Indian journal of veterinary science and animal husbandry - Volumes 18-21, 1948-1951
Year: 1948
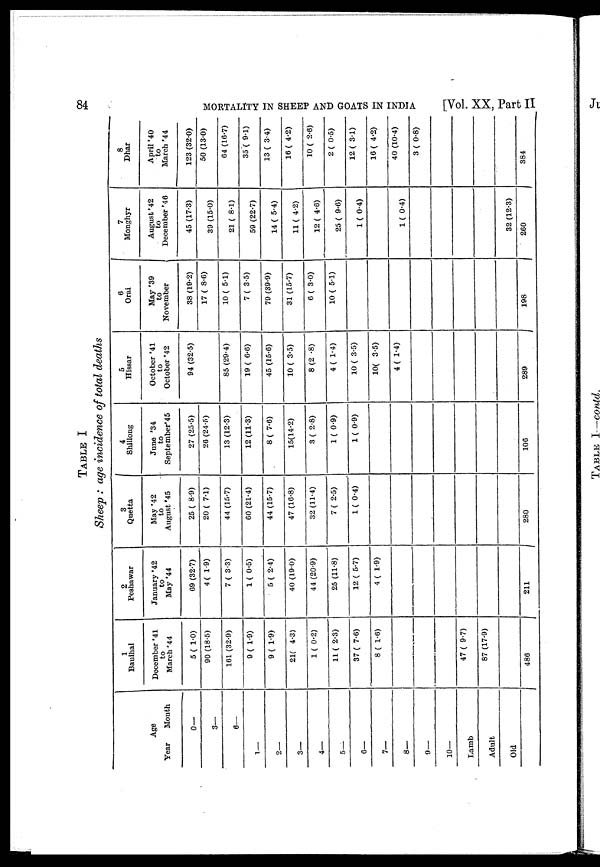
84
MORTALITY IN SHEEP AND GOATS IN INDIA
[Vol. XX, Part II
TABLE I
Sheep : age incidence of total deaths
Age
Year
1—
2—
3—
4—
5—
6—
7—
8—
9—
10—
Lamb
Adult
Old
Month
0—
3—
6—
1
Bauihal
December '41
to
March'44
5 (1.0)
90 (18.5)
161 (32.9)
9 (1.9)
9 (1.9)
21(4.3)
1 (0.2)
11 (2.3)
37 (7.6)
8 (1.6)
47 (9.7)
87 (17.9)
486
2
Peshawar
January '42
to
May '44
69 (32.7)
4(1.9)
7 (3.3)
1 (0.5)
5 (2.4)
40 (19.0)
44 (20.9)
25 (11.8)
12 (5.7)
4 (1.9)
211
3
Quetta
May '42
to
August '45
25 (8.9)
20 (7.1)
44 (15.7)
60 (21.4)
44 (15.7)
47 (16.8)
32 (11.4)
7 (2.5)
1 (0.4)
280
4
Shillong
June '34
to
September' 45
27 (25.5)
26 (24.5)
13 (12.3)
12 (11.3)
8 (7.6)
15(14.2)
3 (2.8)
1 (0.9)
1 (0.9)
106
5
Hissar
October '41
to
October '42
94 (32.5)
85 (29.4)
19 (6.6)
45 (15.6)
10 (3.5)
8 (2 .8)
4 (1.4)
10 (3.5)
10( 3.5)
4 (1.4)
289
6
Orai
May '39
to
November
38 (19.2)
17 (8.6)
10 (5.1)
7 (3.5)
79 (39.9)
31 (15.7)
6 (3.0)
10 (5.1)
198
7
Monghyr
August' 42
to
December '46
45 (17.3)
39 (15.0)
21 (8.1)
59 (22.7)
14 (5.4)
11 (4.2)
12 (4.6)
25 (9.6)
1 (0.4)
1 (0.4)
32 (12.3)
260
8
Dhar
April '40
to
March '44
123 (32.0)
50 (13.0)
64 (16.7)
35 (9.1)
13 (3.4)
16 (4.2)
10 (2.6)
2 (0.5)
12 (3.1)
16 (4.2)
40 (10.4)
3 (0.8)
384